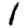
Digit: 1